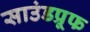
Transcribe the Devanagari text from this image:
साउंडप्रूफ